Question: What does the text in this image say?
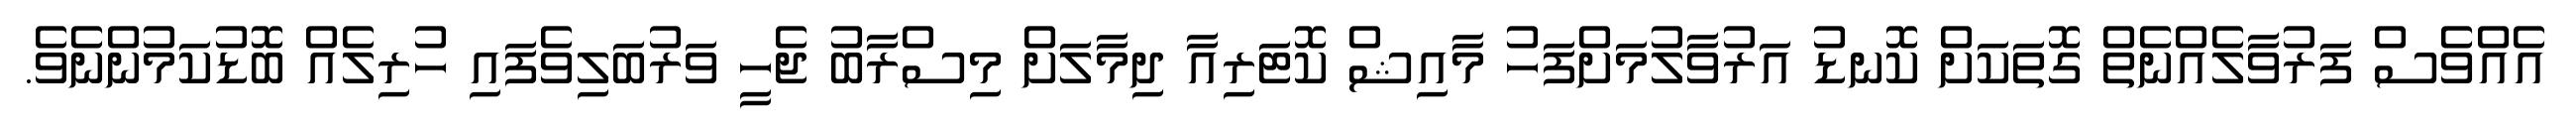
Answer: އެއްވެސް ފަރުވާލެއްނެތް ގޮތަކަށް ކޮނޑު އަރުވާލުމަށްފަހު މާއިޝް ކޮޓަރިއާ ދިމާލަށް މިސްރާބު ޖެހީ ވަރުބަލިވެފައި ހުރިލެއް ބޮޑުކަމުންނެވެ.